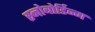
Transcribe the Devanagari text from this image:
स्नोबोर्डिन्ग